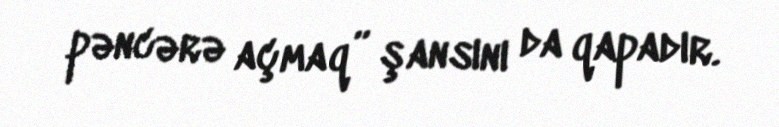
pəncərə açmaq” şansını da qapadır.